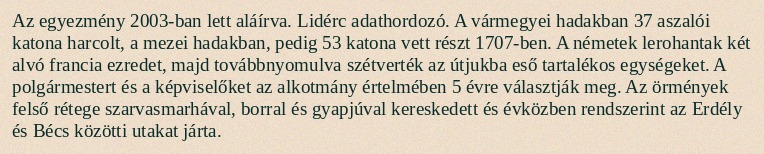
Az egyezmény 2003-ban lett aláírva. Lidérc adathordozó. A vármegyei hadakban 37 aszalói katona harcolt, a mezei hadakban, pedig 53 katona vett részt 1707-ben. A németek lerohantak két alvó francia ezredet, majd továbbnyomulva szétverték az útjukba eső tartalékos egységeket. A polgármestert és a képviselőket az alkotmány értelmében 5 évre választják meg. Az örmények felső rétege szarvasmarhával, borral és gyapjúval kereskedett és évközben rendszerint az Erdély és Bécs közötti utakat járta.